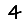
Digit: 4